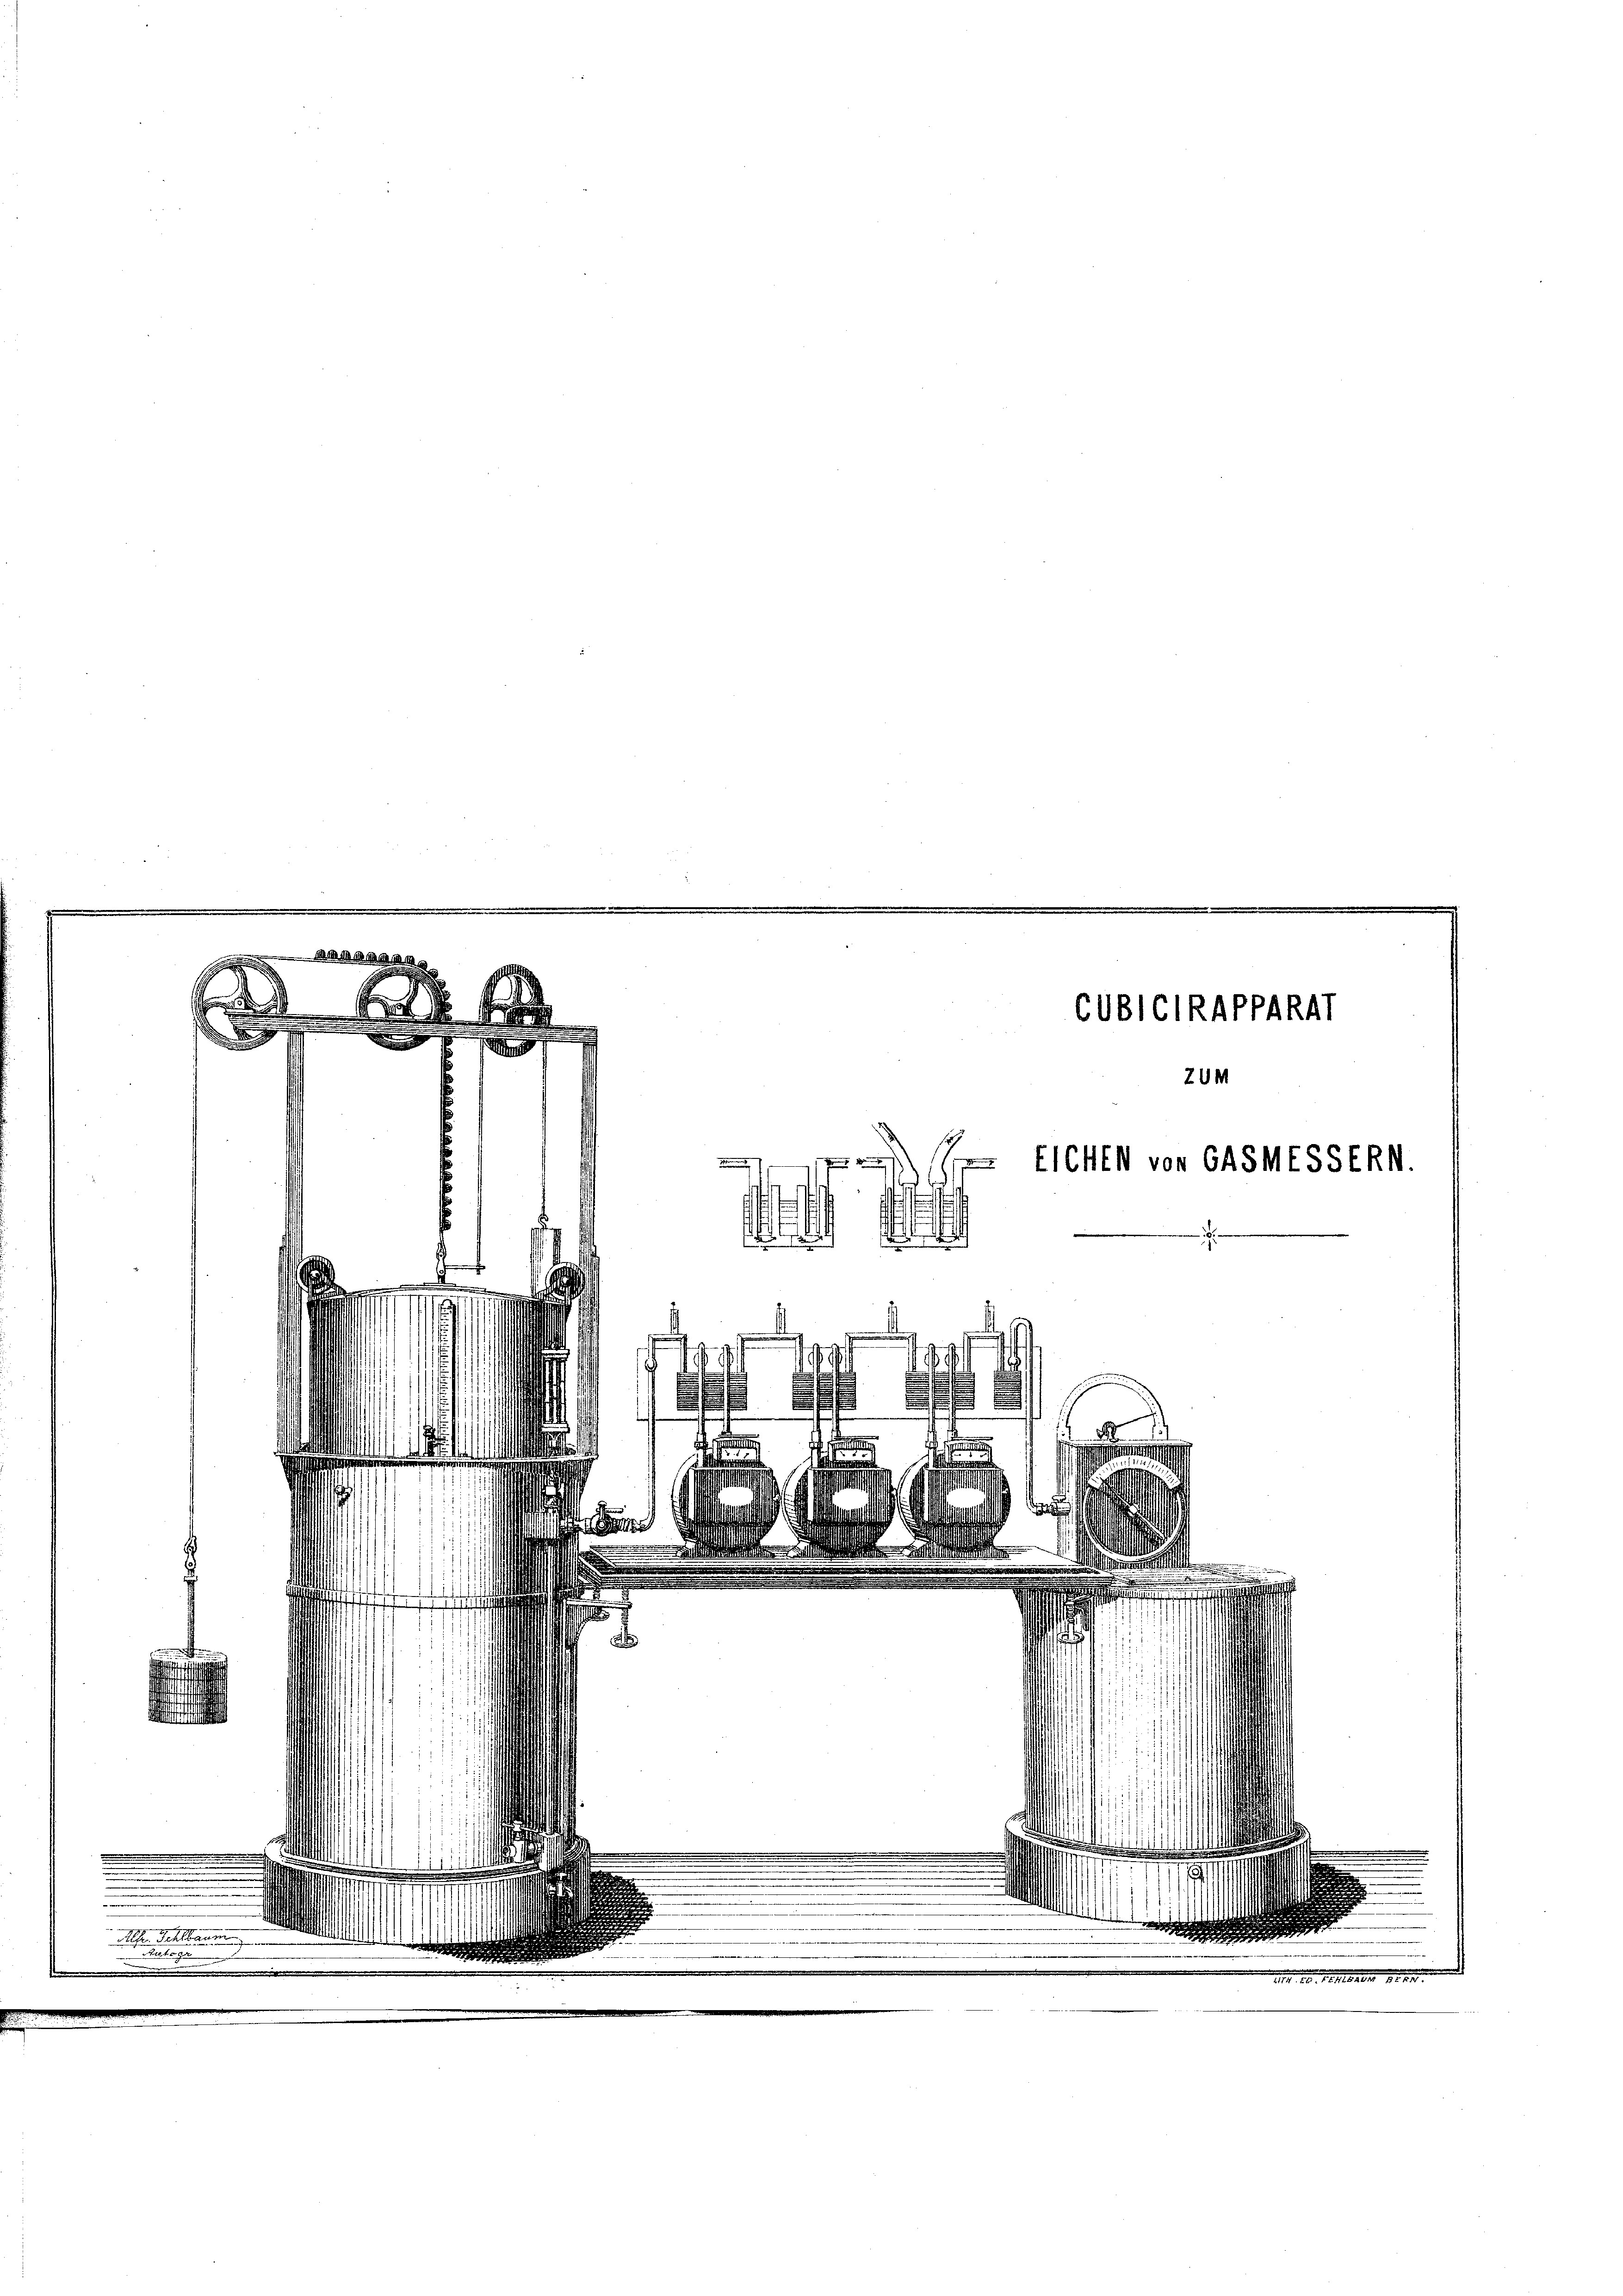
.

Min in an Montag
g

a
COBGTRAPPARAT
.

F
n
zum
g
5
 Eichen von 645MESSERN
b

¬

¬
lhen Fehlbaum
Tolk. Er
.

e